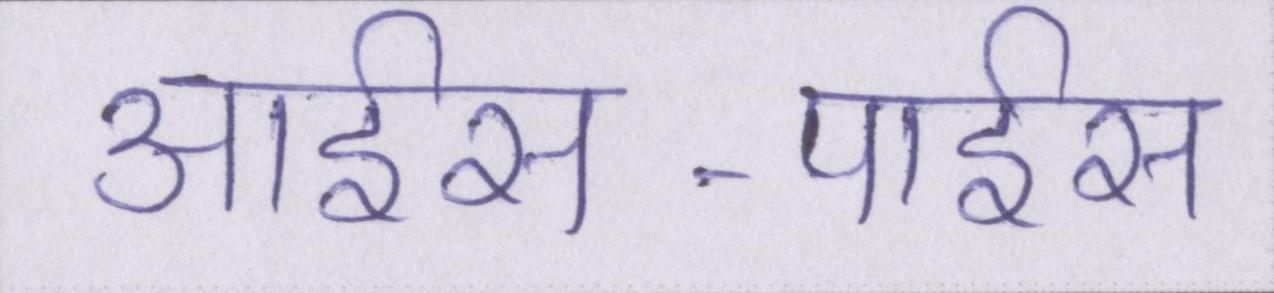
आईस-पाईस